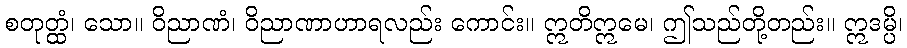
စတုတ္ထံ၊ သော။ ဝိညာဏံ၊ ဝိညာဏာဟာရလည်း ကောင်း။ ဣတိဣမေ၊ ဤသည်တို့တည်း။ ဣဒမ္ပိ၊